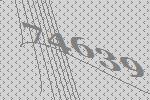
74639